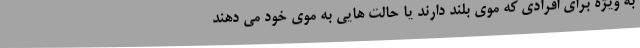
به ویژه برای افرادی که موی بلند دارند یا حالت هایی به موی خود می دهند